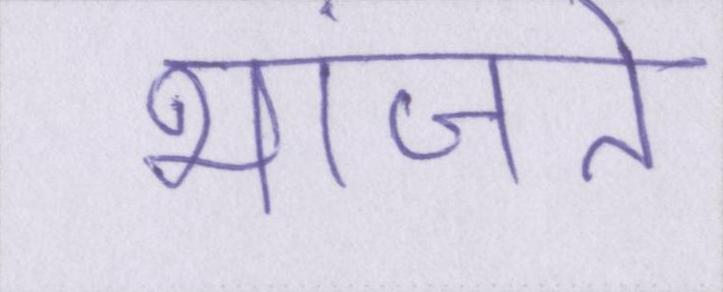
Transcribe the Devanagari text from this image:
भांजते